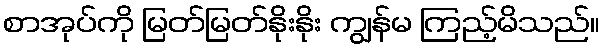
စာအုပ်ကို မြတ်မြတ်နိုးနိုး ကျွန်မ ကြည့်မိသည်။